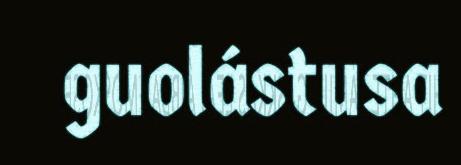
guolástusa